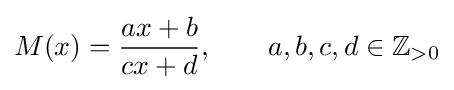
M(x)={\frac {ax+b}{cx+d}},\qquad a,b,c,d\in \mathbb {Z} _{>0}